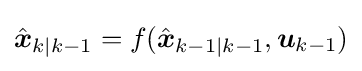
{\hat {\boldsymbol {x}}}_{k|k-1}=f({\hat {\boldsymbol {x}}}_{k-1|k-1},{\boldsymbol {u}}_{k-1})